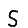
Digit: 5